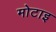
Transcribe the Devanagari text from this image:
मोटाइ